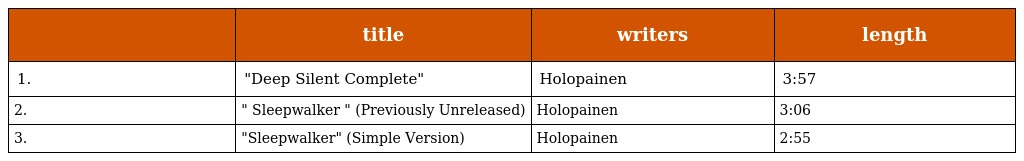
|  | title | writers | length |
 | --- | --- | --- | --- |
 | 1. | "Deep Silent Complete" | Holopainen | 3:57 |
 | 2. | " Sleepwalker " (Previously Unreleased) | Holopainen | 3:06 |
 | 3. | "Sleepwalker" (Simple Version) | Holopainen | 2:55 |